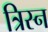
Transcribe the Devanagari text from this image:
त्रिस्न